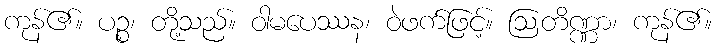
ကုန်၏။ ပဉ္စ၊ တို့သည်။ ဝါမပေဿန၊ ဝဲဖက်ဖြင့်။ ဩတိဏ္ဏာ၊ ကုန်၏။